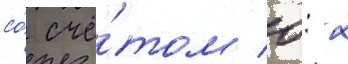
со́ счё́том 0: 2